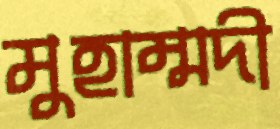
মুহাম্মদী